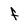
Character: f